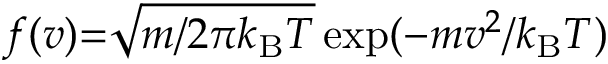
f ( v ) { = } \sqrt { m / 2 \pi k _ { \mathrm { B } } T } \exp ( - m v ^ { 2 } / k _ { \mathrm { B } } T )